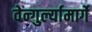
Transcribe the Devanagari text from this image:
वेन्गुर्ल्यामार्गे